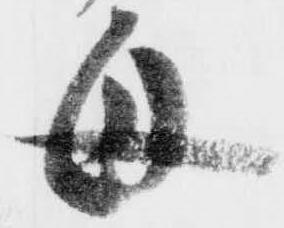
母